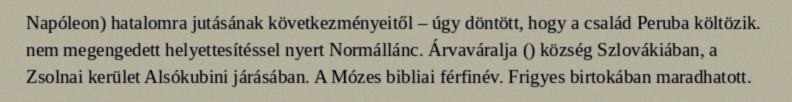
Napóleon) hatalomra jutásának következményeitől – úgy döntött, hogy a család Peruba költözik. nem megengedett helyettesítéssel nyert Normállánc. Árvaváralja () község Szlovákiában, a Zsolnai kerület Alsókubini járásában. A Mózes bibliai férfinév. Frigyes birtokában maradhatott.